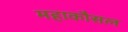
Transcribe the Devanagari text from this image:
महाकौसल